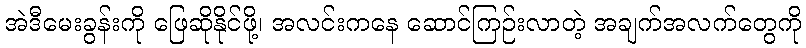
အဲဒီမေးခွန်းကို ဖြေဆိုနိုင်ဖို့၊ အလင်းကနေ ဆောင်ကြဉ်းလာတဲ့ အချက်အလက်တွေကို